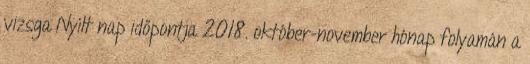
vizsga Nyílt nap időpontja 2018. október-november hónap folyamán a